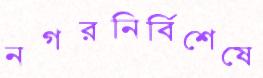
নগরনির্বিশেষে